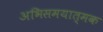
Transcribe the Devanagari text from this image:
अभिसमयात्मक